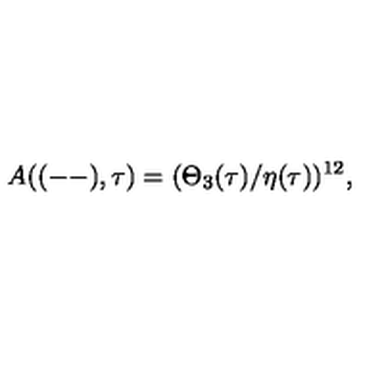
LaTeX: A ( ( -- ) , \tau ) = ( \Theta _ { 3 } ( \tau ) / \eta ( \tau ) ) ^ { 1 2 } ,